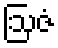
ဩဇံ